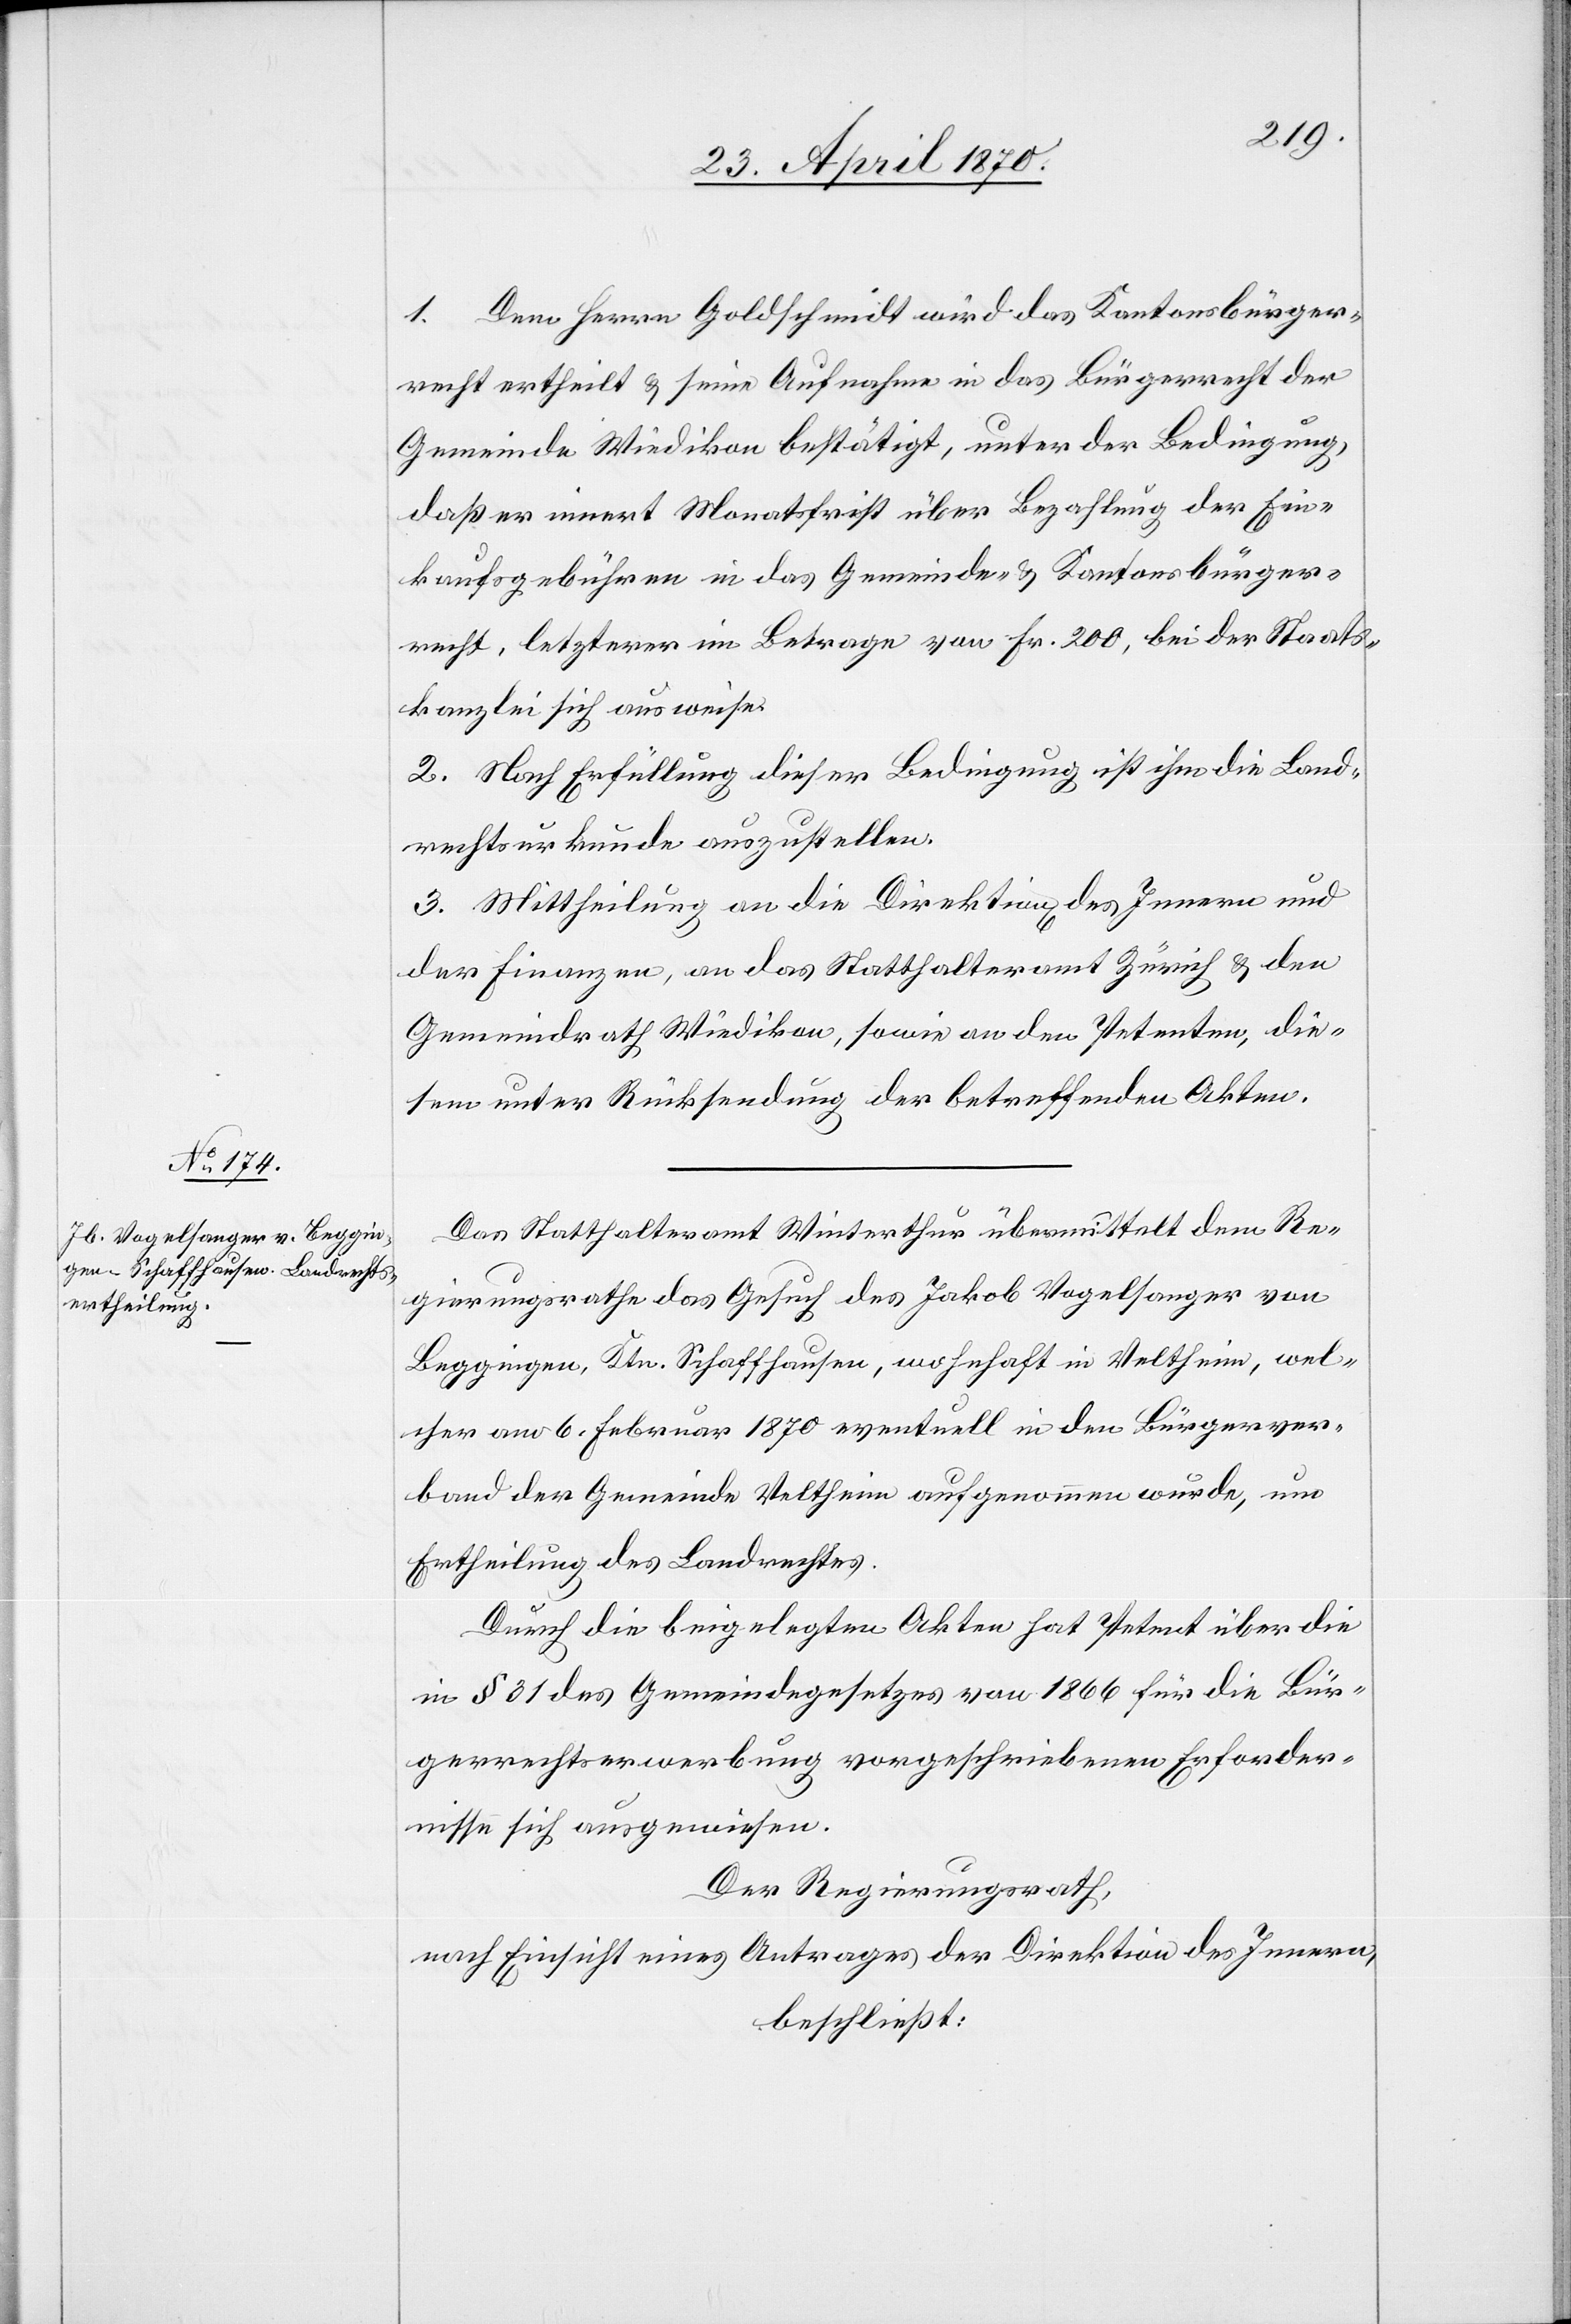
1. Dem Herrn Goldschmidt wird das Kantonsbürger¬
recht ertheilt & seine Aufnahme in das Bürgerrecht der
Gemeinde Wiedikon bestätigt, unter der Bedingung,
daß er innert Monatsfrist über Bezahlung der Ein¬
kaufsgebühren in das Gemeinde- & Kantonsbürger¬
recht, letzterer im Betrage von Fr. 200, bei der Staats¬
kanzlei sich ausweise.
2. Nach Erfüllung dieser Bedingung ist ihm die Land¬
rechtsurkunde auszustellen.
3. Mittheilung an die Direktion[en] des Innern und
der Finanzen, an das Statthalteramt Zürich & den
Gemeindrath Wiedikon, sowie an den Petenten, die¬
sem unter Rücksendung der betreffenden Akten.
Das Statthalteramt Winterthur übermittelt dem Re¬
gierungsrathe das Gesuch des Jakob Vogelsanger von
Beggingen, Ktn. Schaffhausen, wohnhaft in Veltheim, wel¬
cher am 6. Februar 1870 eventuell in den Bürgerver¬
band der Gemeinde Veltheim aufgenommen wurde, um
Ertheilung des Landrechtes.
Durch die beigelegten Akten hat Petent über die
in § 31 des Gemeindegesetzes von 1866 für die Bür¬
gerrechtserwerbung vorgeschriebenen Erforder¬
nisse sich ausgewiesen.
Der Regierungsrath,
nach Einsicht eines Antrages der Direktion des Innern,
beschließt: